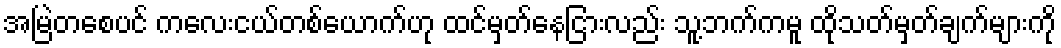
အမြဲတစေပင် ကလေးငယ်တစ်ယောက်ဟု ထင်မှတ်နေငြားလည်း သူ့ဘက်ကမူ ထိုသတ်မှတ်ချက်များကို